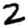
Digit: 2